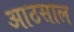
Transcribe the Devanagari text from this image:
आठसाल